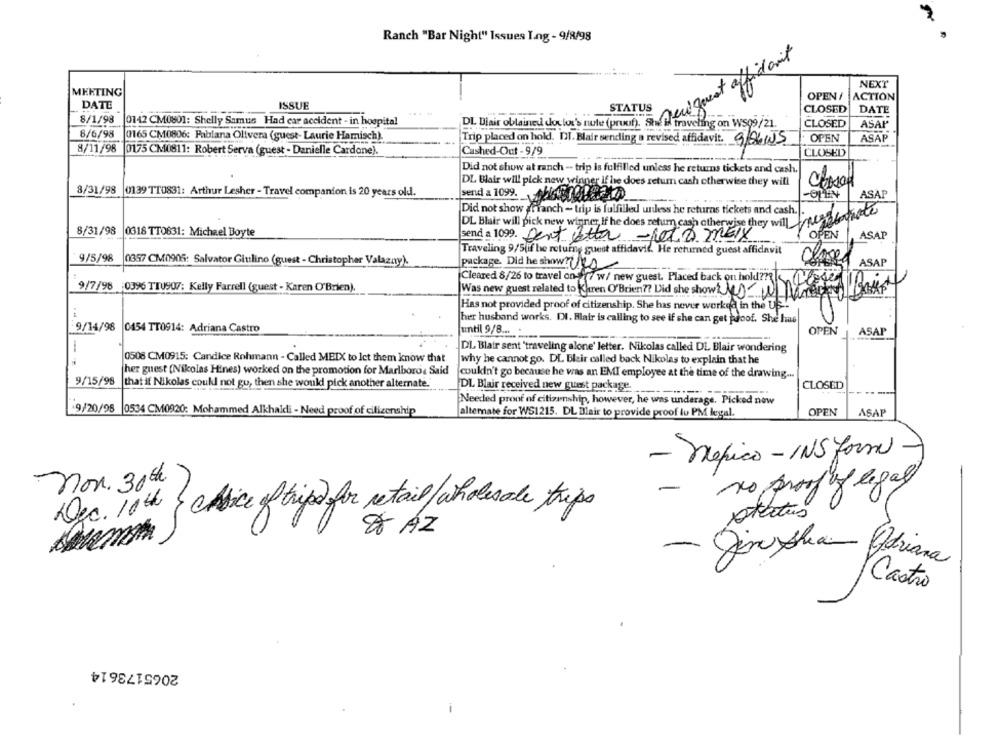
Ranch "Bar Night" Issues I.ng - 9/8/98
of Blair obtained doctor's nute (prix). new quest affidavit
NEXT
MEETING
OPEN /
ACTION
DATE
ISSUE
....
STATUS
CLOSED
DATE
8/1/98 0142 CM0801: Shelly Samus Had car accident - in hospital
traveling on WS09/21.
CLOSED
ASAP
6/6/98
0165 CM0806: Fabiana Olivera (guest- Laurie Harnisch).
Trip placed on hold. DI. Blair sending a revised affidavit. 9/8/05
OPEN
ASAP
8/11/98
0175 CM0811: Robert Serva (guest - Danielle Cardone).
Cashed-Out - 9/9
CLOSED
Did not show at ranch - trip is fulfilled unless he returns tickets and cash.
DL Blair will pick new winner if he does return cash otherwise they will
8/31/98
0139 TT0831: Arthur Lesher - Travel companion is 20 years old.
send a 1099.
ASAP
Did not show affranch - trip is fulfilled unless he returns tickets and cash ..
DL Blair will pick new winner if he does return cash otherwise they will inessentiate
8/31/98
0318 TT0631: Michael Boyte
send a 1099. Dent ette -Reto MEIx
-RETO MEIx
OPEN
ASAP
Traveling 9/5(if he returne guest affidavit. He returned guest affidavit
9/5/98
clase
0357 CM0905: Salvator Giulino (guest - Christopher Valazny).
package. Did he show? es
ASAP
Cleared 8/26 to travel on-(7 w/ new guest. Placed back on hold?| Close This
9/7/98 0396 TIU907: Kelly Farrell (guest - Karen O'Brien).
Was new guest related to Karen O'Brien? Did she show sw Bat
Has not provided proof of citizenship. She has never worked in the Us ...
her husband works. DI. Hair is calling to see if she can get proof. She has
9/14/98 0454 TT0914: Adriana Castro
until 9/8 ... .
OPEN
ASAP
DL Blair sent 'traveling alone' letter. Nikolas called DL Blair wondering
0508 CM0915: Candice Rohmann - Called MEIX to let them know that
why he cannot go. DL Blair called back Nikolas to explain that he
her guest [Nikolas Hines) worked on the promotion for Marlboros Said
couldn't go because he was an EMI employee at the time of the drawing ...
9/15/98
that if Nikolas could not go, then she would pick another alternate.
CLOSED
DL Blair received new guest package.
Needed proof of citizenship, however, he was underage. Picked now
9/20/95 0534 CM0920: Mohammed Alkhaldi - Need proof of citizenship
alternate for WS1215. DL Blair to provide proof lu PM legal.
OPEN
ASAP
- Tópico - INS Jorna
non. 30th
no proof of legal
-
Dec. 10th
{edice of trips for retail/wholesale trips
status
8 AZ
-
Jonashan Adriana
Castro
2065173614
-